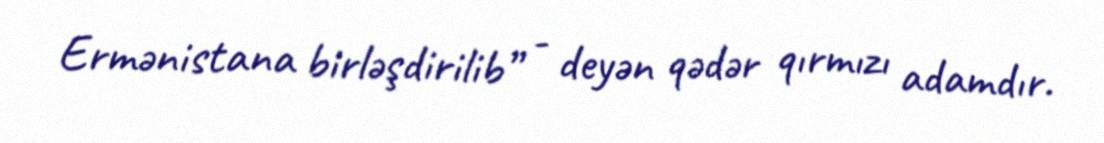
Ermənistana birləşdirilib” - deyən qədər qırmızı adamdır.